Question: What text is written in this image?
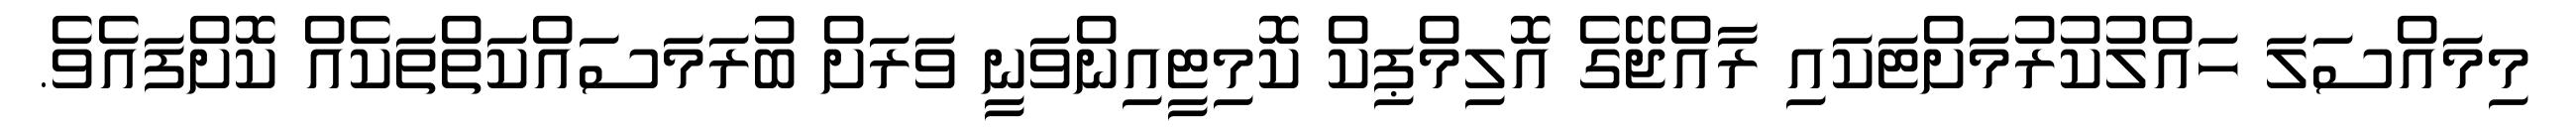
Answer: މިމައްސަލަ ހައްލުކުރުމަށްޓަކައި ރާއްޖޭގެ އޮލިމްޕިކް ކޮމިޓީއިންވަނީ ވަރަށް ބުރަމަސައްކަތްތަކެއް ކޮށްފައެވެ.